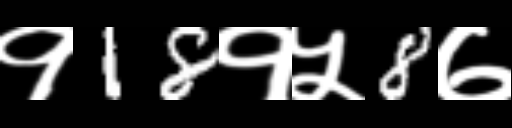
Text: १18१५8७